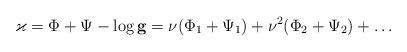
LaTeX: \begin{align*} \varkappa = \Phi + \Psi - \log \mathbf{g} = \nu(\Phi_1 + \Psi_1) + \nu^2(\Phi_2 + \Psi_2) + \ldots\end{align*}